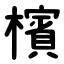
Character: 檳